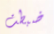
ضبطت